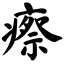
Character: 瘵